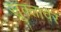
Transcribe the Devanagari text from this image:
सूक्तावर